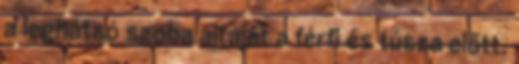
a leghátsó szoba ajtaját a férfi és túsza előtt.